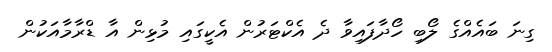
ގިނަ ބައެއްގެ ލޯބި ހޯދާފައިވާ ދެ އެކްޓަރުން އެކީގައި މުޅިން އާ ޑްރާމާއަކުން